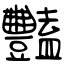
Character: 豔